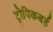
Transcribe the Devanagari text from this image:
ट्रोपिकबर्ड